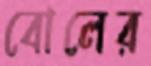
বোলের